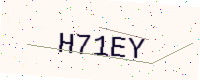
Text: H71EY